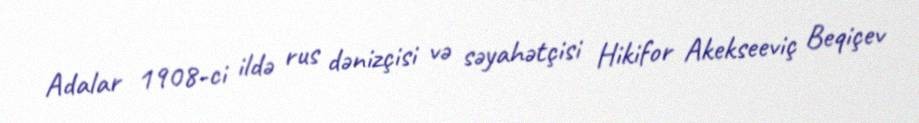
Adalar 1908-ci ildə rus dənizçisi və səyahətçisi Hikifor Akekseeviç Beqiçev